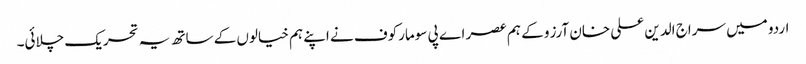
اردو میں سراج الدین علی خان آرزو کے ہم عصر اے پی سومارکوف نے اپنے ہم خیالوں کے ساتھ یہ تحریک چلائی۔